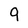
Character: 9